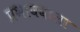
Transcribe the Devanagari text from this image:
प्रभाववाला